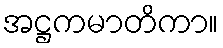
အဋ္ဌကမာတိကာ။